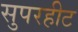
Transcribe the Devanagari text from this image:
सुपरहीट